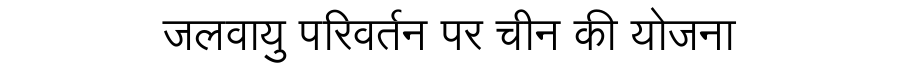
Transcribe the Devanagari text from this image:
जलवायु परिवर्तन पर चीन की योजना